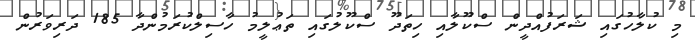
މި ކުލާހުގައި ޝަރަފުއްދީން ސްކޫލާއި ހިތަދޫ ސްކޫލުގައި ތަޢުލީމު ހާސިލްކުރަމުންދާ 185 ދަރިވަރުން